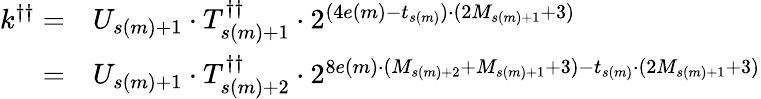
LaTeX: \begin{array}{rl}{k^{\dagger\dagger}=}&{U_{s(m)+1}\cdot T_{s(m)+1}^{\dagger\dagger}\cdot 2^{(4e(m)-t_{s(m)})\cdot(2M_{s(m)+1}+3)}}\\ {=}&{U_{s(m)+1}\cdot T_{s(m)+2}^{\dagger\dagger}\cdot 2^{8e(m)\cdot(M_{s(m)+2}+M_{s(m)+1}+3)-t_{s(m)}\cdot(2M_{s(m)+1}+3)}}\end{array}